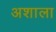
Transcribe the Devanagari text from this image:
अशाला